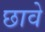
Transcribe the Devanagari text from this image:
छावे